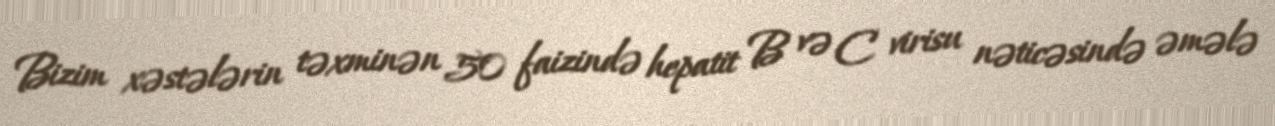
Bizim xəstələrin təxminən 50 faizində hepatit B və C virisu nəticəsində əmələ